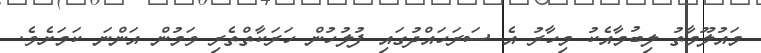
މައުލޫމާތު ލިބުމާއެކު މިހާރު އެ ސަރަހައްދުގައި ފުލުހުން ހަރަކާތްތެރި ވަމުން އަންނަ ކަމަށެވެ.